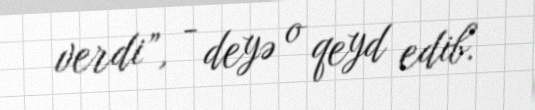
verdi”, - deyə o qeyd edib.